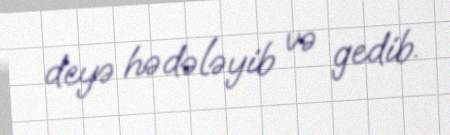
deyə hədələyib və gedib.